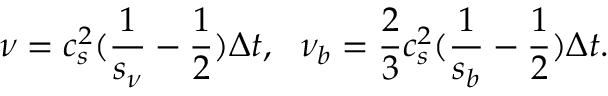
\nu = c _ { s } ^ { 2 } ( \frac { 1 } { { { s _ { \nu } } } } - \frac { 1 } { 2 } ) \Delta t , ~ ~ { \nu _ { b } } = \frac { 2 } { 3 } c _ { s } ^ { 2 } ( \frac { 1 } { { { s _ { b } } } } - \frac { 1 } { 2 } ) \Delta t .